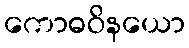
ကောဓဝိနယော